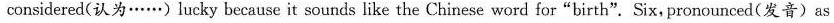
considered(认为……)lucky because it sounds like the Chinese word for"birth". Six, pronounced(发音)as